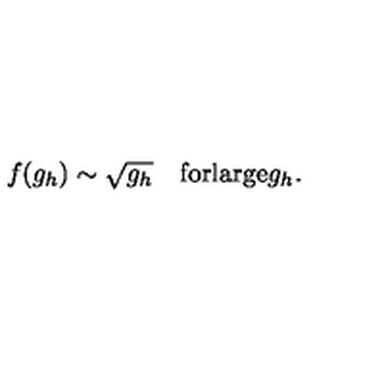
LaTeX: f ( g _ { h } ) \sim \sqrt { g _ { h } } \quad \mathrm { f o r l a r g e } g _ { h } .